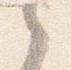
之